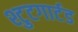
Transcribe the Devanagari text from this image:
श्टुटगार्टड